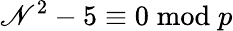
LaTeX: \mathscr{N}^{2}-5\equiv0{\bmod{p}}